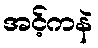
အင့်ကနဲ